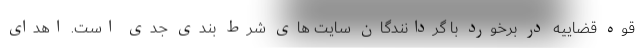
قوه قضاییه در برخورد با گردانندگان سایت های شرط بندی جدی است. اهدای